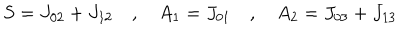
LaTeX: S = J _ { 0 2 } + J _ { 1 2 } \quad , \quad A _ { 1 } = J _ { 0 1 } \quad , \quad A _ { 2 } = J _ { 0 3 } + J _ { 1 3 }